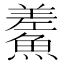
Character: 𩺃